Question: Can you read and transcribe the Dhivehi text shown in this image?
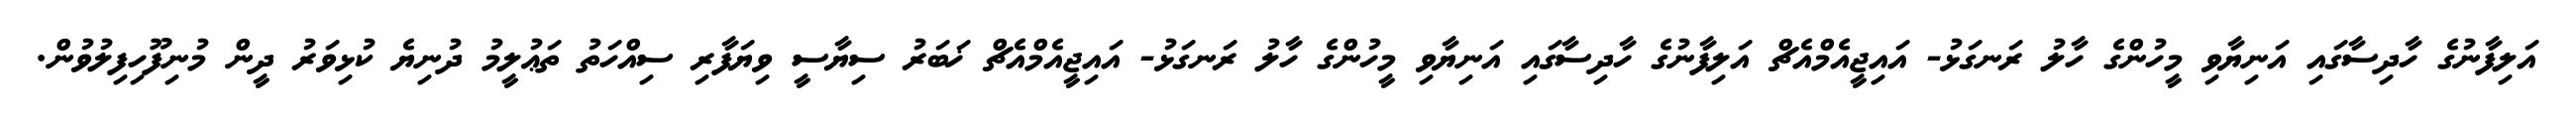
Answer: އަލިފާނުގެ ހާދިސާގައި އަނިޔާވި މީހުންގެ ހާލު ރަނގަޅު- އައިޖީއެމްއެޗް އަލިފާނުގެ ހާދިސާގައި އަނިޔާވި މީހުންގެ ހާލު ރަނގަޅު- އައިޖީއެމްއެޗް ޚަބަރު ސިޔާސީ ވިޔަފާރި ސިއްހަތު ތަޢުލީމު ދުނިޔެ ކުޅިވަރު ދީން މުނިފޫހިފިލުވުން.